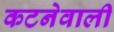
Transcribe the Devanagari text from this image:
कटनेवाली